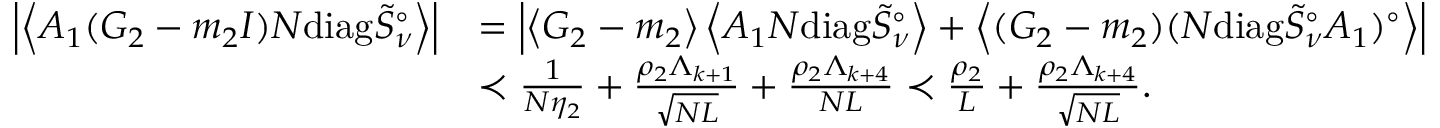
\begin{array} { r l } { \left| \left\langle { A _ { 1 } ( G _ { 2 } - m _ { 2 } I ) N \mathrm { d i a g } \tilde { S } _ { \nu } ^ { \circ } } \right\rangle \right| } & { = \left| \left\langle { G _ { 2 } - m _ { 2 } } \right\rangle \left\langle { A _ { 1 } N \mathrm { d i a g } \tilde { S } _ { \nu } ^ { \circ } } \right\rangle + \left\langle { ( G _ { 2 } - m _ { 2 } ) ( N \mathrm { d i a g } \tilde { S } _ { \nu } ^ { \circ } A _ { 1 } ) ^ { \circ } } \right\rangle \right| } \\ & { \prec \frac { 1 } { N \eta _ { 2 } } + \frac { \rho _ { 2 } \Lambda _ { k + 1 } } { \sqrt { N L } } + \frac { \rho _ { 2 } \Lambda _ { k + 4 } } { N L } \prec \frac { \rho _ { 2 } } { L } + \frac { \rho _ { 2 } \Lambda _ { k + 4 } } { \sqrt { N L } } . } \end{array}